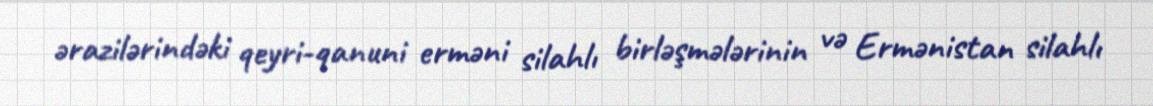
ərazilərindəki qeyri-qanuni erməni silahlı birləşmələrinin və Ermənistan silahlı